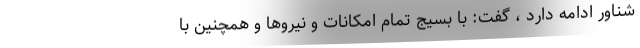
شناور ادامه دارد ، گفت: با بسیج تمام امکانات و نیروها و همچنین با